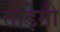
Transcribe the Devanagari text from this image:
तोड़ेगी